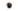
.